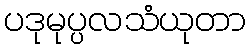
ပဒုမုပ္ပလသံယုတာ